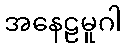
အနေဠမူဂါ